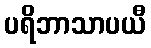
ပရိဘာသာပယီ